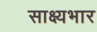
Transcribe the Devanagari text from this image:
साक्ष्यभार